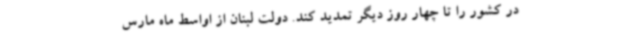
در کشور را تا چهار روز دیگر تمدید کند. دولت لبنان از اواسط ماه مارس